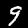
Digit: 9